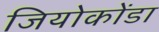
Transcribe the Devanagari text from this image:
जियोकोंडा